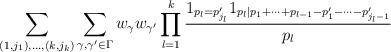
LaTeX: \begin{align*}\sum_{(1,j_1),\dots,(k,j_k)} \sum_{\gamma,\gamma' \in \Gamma} w_\gamma w_{\gamma'} \prod_{l=1}^k \frac{1_{p_l = p'_{j_l}} 1_{p_l | p_1 + \dots + p_{l-1} - p'_1 - \dots - p'_{j_l-1}}}{p_l}\end{align*}